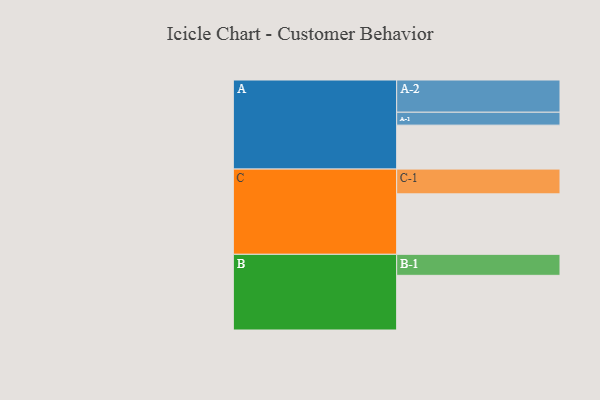
{"axis": {"x": "Segment", "y": "Value"}, "legend": ["", "A", "B", "C"], "data": [{"x": "A", "y": 341, "type": ""}, {"x": "B", "y": 424, "type": ""}, {"x": "C", "y": 469, "type": ""}, {"x": "A-1", "y": 100, "type": "A"}, {"x": "A-2", "y": 250, "type": "A"}, {"x": "B-1", "y": 163, "type": "B"}, {"x": "C-1", "y": 192, "type": "C"}]}